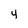
Character: 4